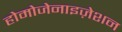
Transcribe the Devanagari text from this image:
होमोजेनाइज़ेशन